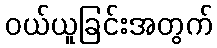
ဝယ်ယူခြင်းအတွက်